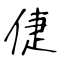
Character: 倢